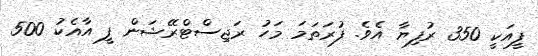
ފީއަކީ 350 ރުފިޔާ އެވެ. ފުރަތަމަ މަހު ރަޖިސްޓްރޭޝަން ފީ އާއެކު 500